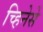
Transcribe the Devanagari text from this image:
च्हिनेसे